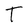
Character: T